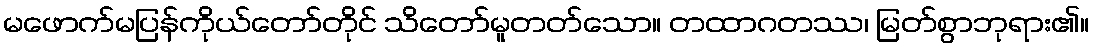
မဖောက်မပြန်ကိုယ်တော်တိုင် သိတော်မူတတ်သော။ တထာဂတဿ၊ မြတ်စွာဘုရား၏။